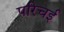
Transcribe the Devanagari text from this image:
परिचई